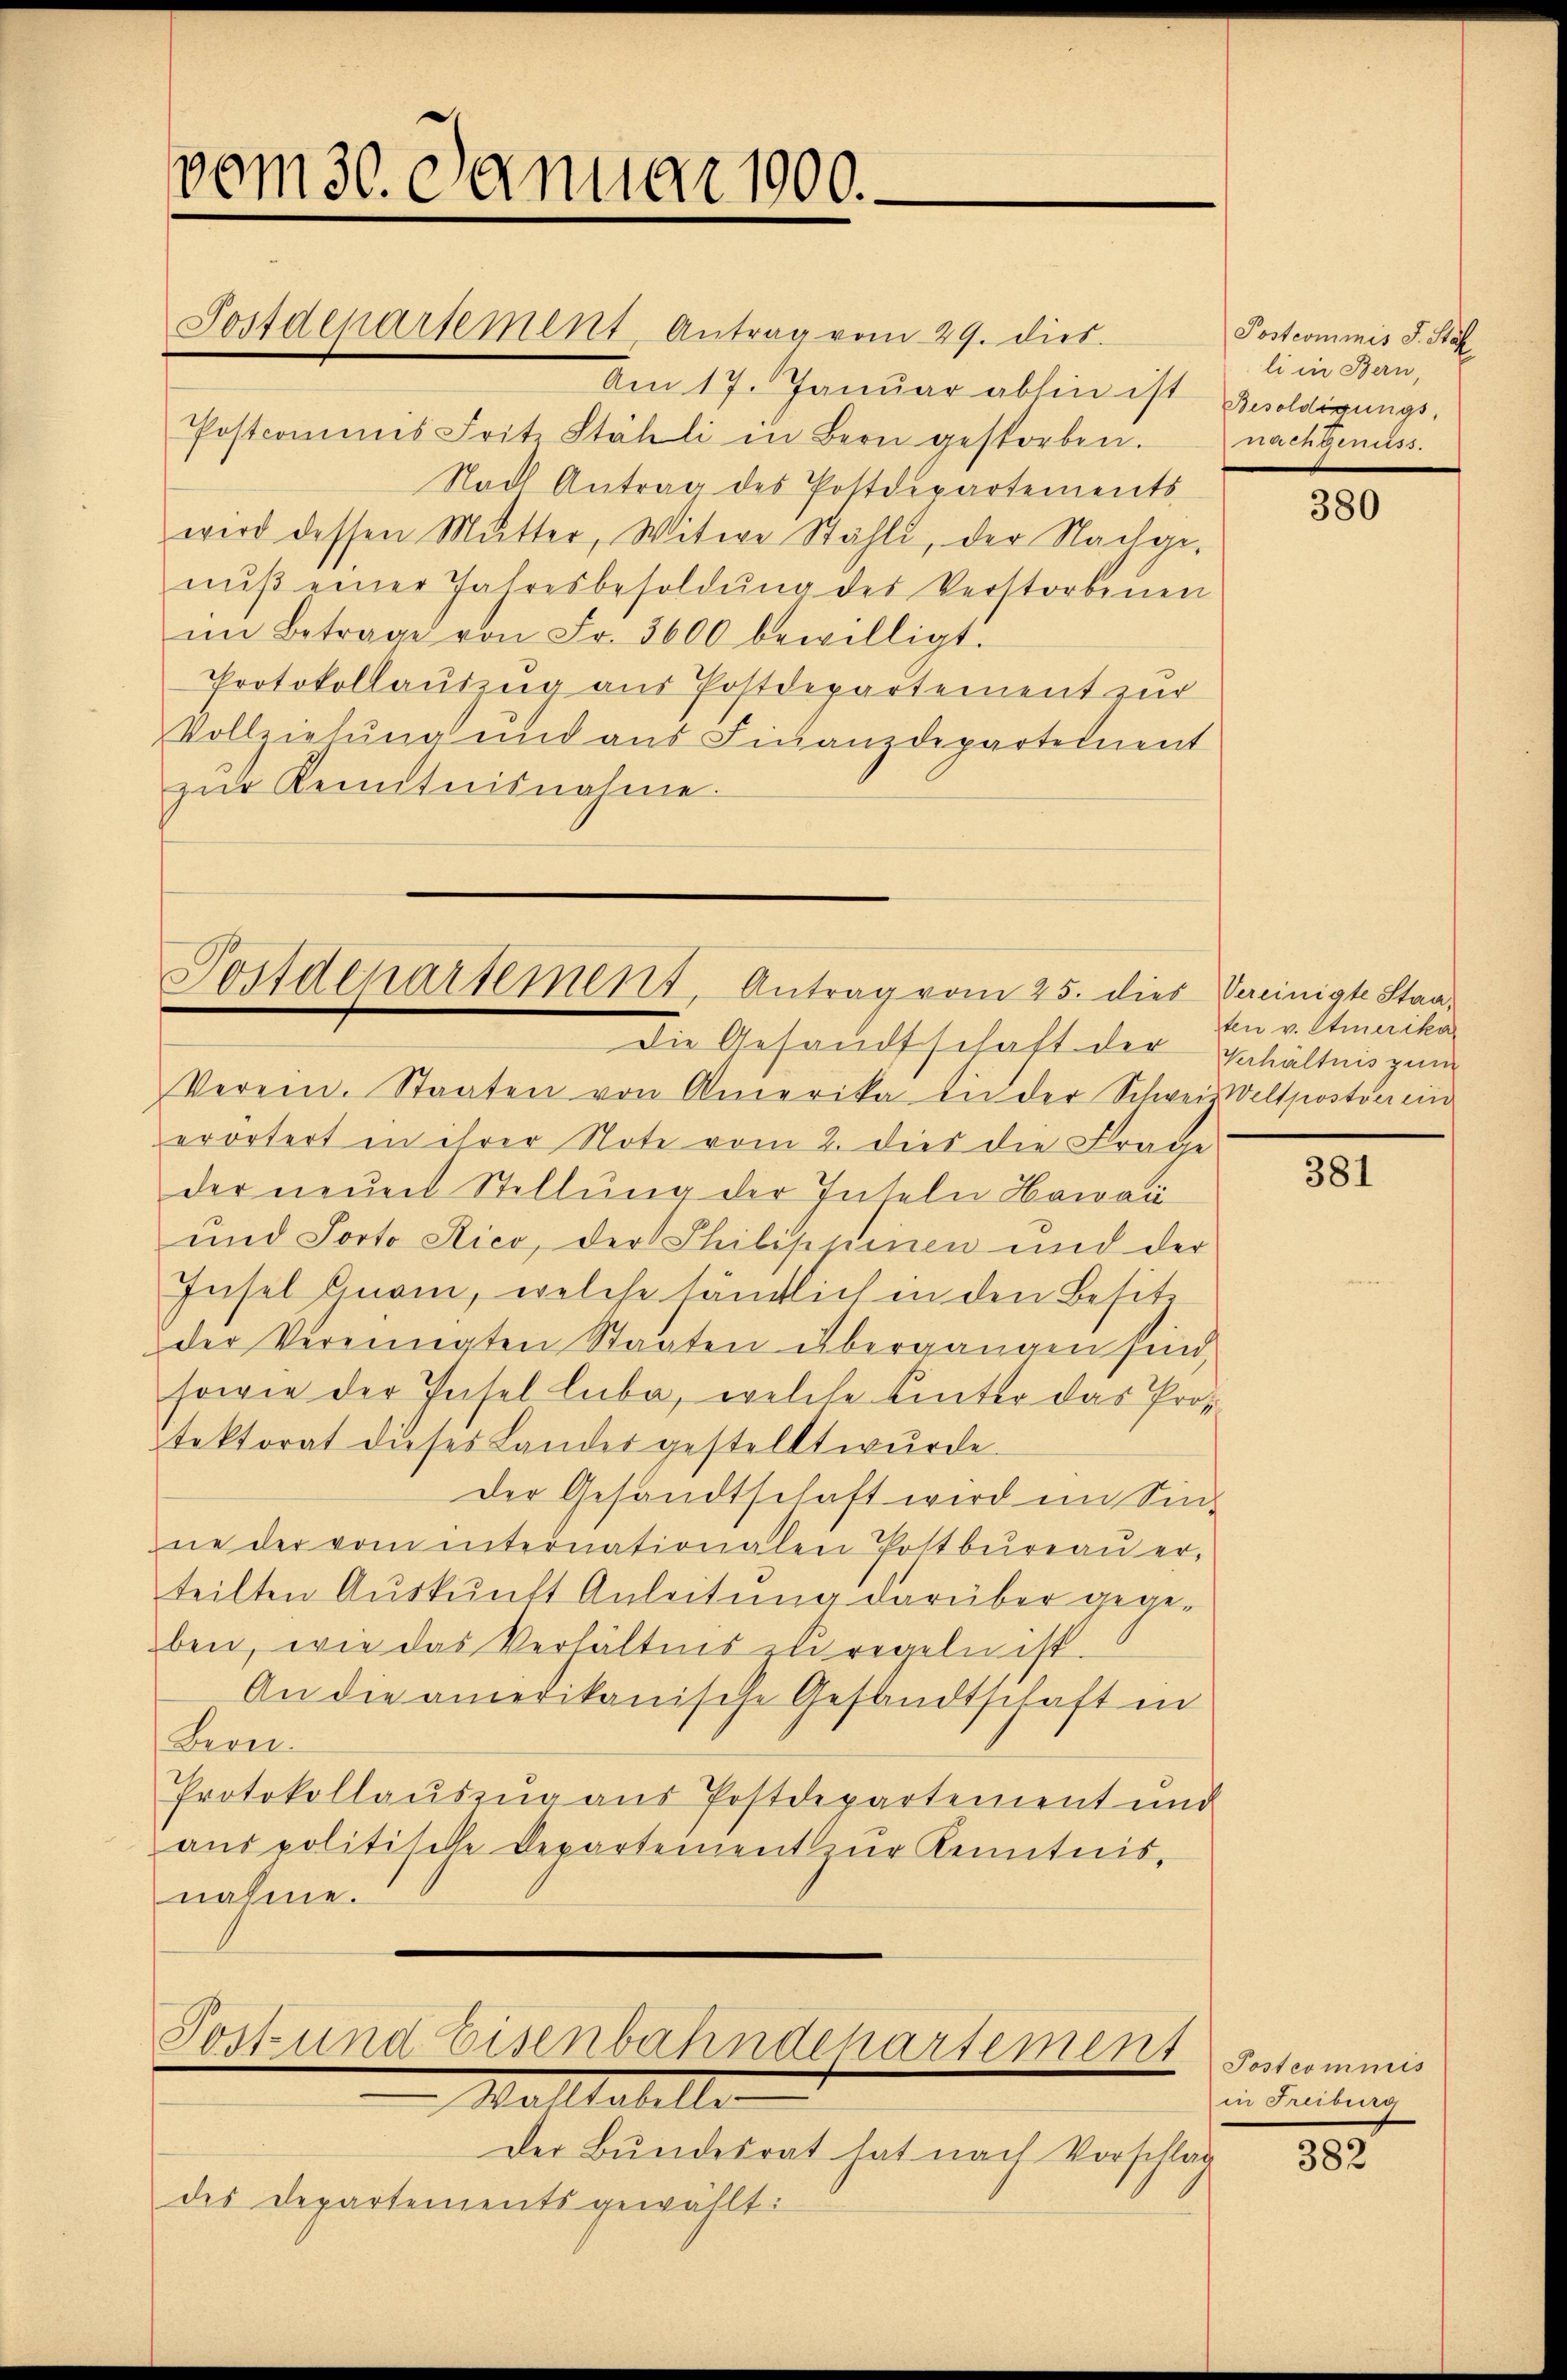
vom 30. Januar 1900.

Postdepartement Antrag vom 29. dies

Am 17. Januar abhin ist Besoldigungs¬
Postcommis Frit. Stähli in Bern gestorben. nach Genuss.
Nach Antrag des Postdepartements
wird dessen Mutter, Witwe Stähli, der Nachgenŭβ einer Jahresbesoldŭng des Verstorbenen
im Betrage von Fr. 3600 bewilligt.
Protokollauszug aus Postdepartement zur
Vollziehung und aus Finanzdepartement
zŭr Kenntnisnahme.

Postdepartement, Antrag vom 25. dies Seinigt Staa¬

Verein. Staaten von Amerika die der Schweiz Weltpostverein
erörtert in ihrer Note vom 2. dies die Frage
der neuen Stellung der Inseln Howau
und Porto Rico, der Philippinen und der
Insel Einam, welche sämtlich in den Besitz
der Vereinigten Staaten übergangen sind,
sowie der Insel luba, welche hinter das Prot
tektorat dieses Landesgestellt wurde.
der Gesandtschaft wird im Sinne der vom internationalen Postbüreaŭ er-
teilten Aŭskŭnft Anleitung darüber gege-
ben, wie das Verhältnis zu regeln ist.
An die amerikanische Gesandtschaft in
Bern.
Protokollauszug aus Postdepartement und
aŭspolitische Departement zŭr Kenntnis,
nahme.

Post und Eisenbahndepartement
Malltabelle

Die Gesandtschaft der gehältnis zum

Der Bundesrat hat nach Vorschlag
des Departementsgewählt:

Postcommis J. Stof
li in Bern,

380

ten v. Amerika

381

Postcommis
in Freiburg

333